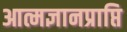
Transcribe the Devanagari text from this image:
आत्मज्ञानप्राप्ति